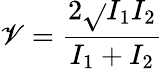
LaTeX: \mathscr{V}=\frac{{2\sqrt{}{{I_{1}I_{2}}}}}{{I_{1}+I_{2}}}